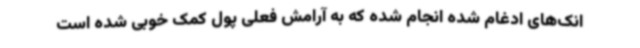
انک‌های ادغام شده انجام شده که به آرامش فعلی پول کمک خوبی شده است